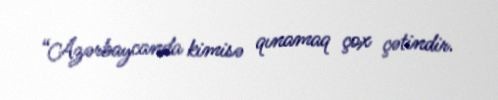
“Azərbaycanda kimisə qınamaq çox çətindir.